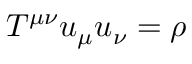
T ^ { \mu \nu } u _ { \mu } u _ { \nu } = \rho